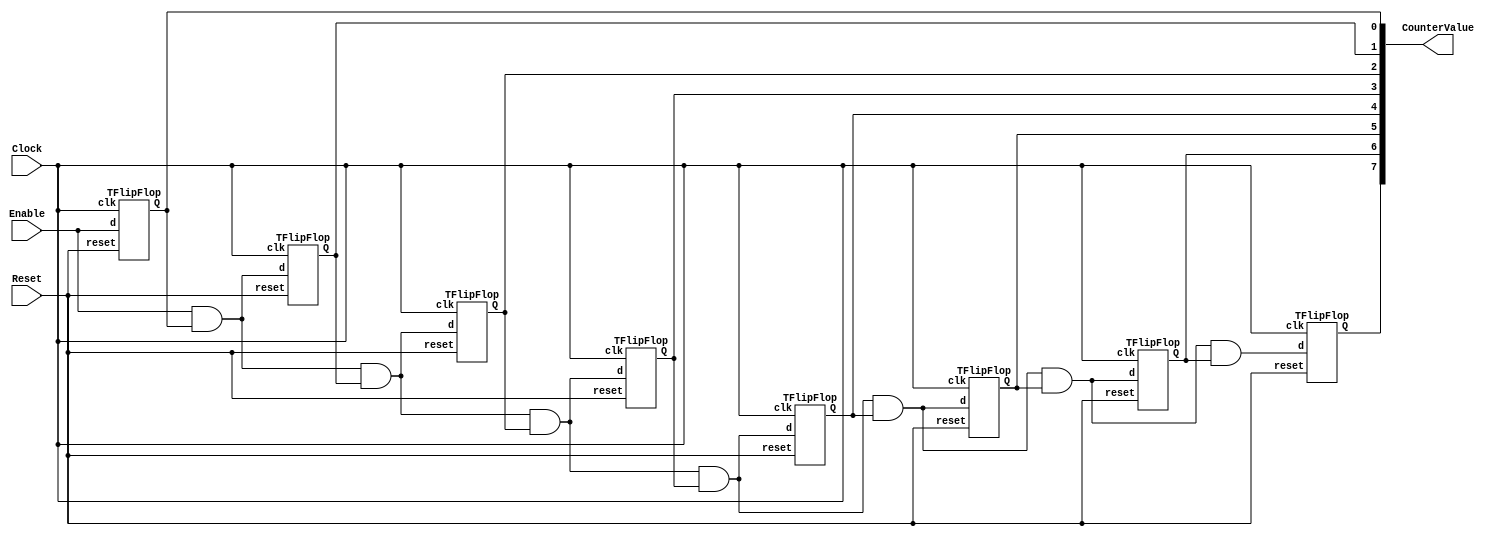
module part1 (Clock, Enable, Reset, CounterValue);
	input Clock;
	input Enable;
	input Reset;
	output [7:0] CounterValue;
	
	///Connection between output and and Gate
	wire [6:0]andGate;
	
	///Start of T flip Flop
	TFlipFlop a(Enable, Clock, Reset, CounterValue[0]);
	assign andGate[0] = Enable & CounterValue[0];
	
	TFlipFlop b(andGate[0], Clock, Reset, CounterValue[1]);
	assign andGate[1] = andGate[0] & CounterValue[1];
	
	TFlipFlop c(andGate[1], Clock, Reset, CounterValue[2]);
	assign andGate[2] = andGate[1] & CounterValue[2];
	
	TFlipFlop d(andGate[2], Clock, Reset, CounterValue[3]);
	assign andGate[3] = andGate[2] & CounterValue[3];
	
	TFlipFlop e(andGate[3], Clock, Reset, CounterValue[4]);
	assign andGate[4] = andGate[3] & CounterValue[4];
	
	TFlipFlop f(andGate[4], Clock, Reset, CounterValue[5]);
	assign andGate[5] = andGate[4] & CounterValue[5];
	
	TFlipFlop g(andGate[5], Clock, Reset, CounterValue[6]);
	assign andGate[6] = andGate[5] & CounterValue[6];
	
	TFlipFlop h(andGate[6], Clock, Reset, CounterValue[7]);
	
endmodule

///T Flip Flop
module TFlipFlop(d, clk,reset,Q);
	input clk;
	input reset; 
	input d;
	output reg Q;
	
	
	always@ (posedge clk)
		begin
			if (reset) Q <= 1'b 0 ;
			else Q <= Q ^ d ;
		end
endmodule